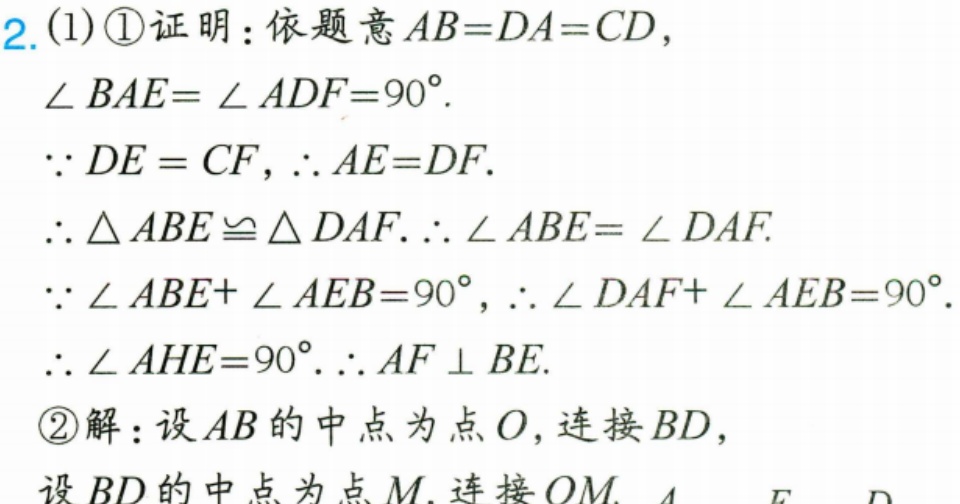
2. (1) \textcircled{1}证明：依题意\(AB = DA = CD\)，
\(\angle BAE=\angle ADF = 90^{\circ}\).
\(\because DE = CF\)，\(\therefore AE = DF\).
\(\therefore\triangle ABE\cong\triangle DAF.\therefore\angle ABE=\angle DAF\).
\(\because\angle ABE+\angle AEB = 90^{\circ}\)，\(\therefore\angle DAF+\angle AEB = 90^{\circ}\).
\(\therefore\angle AHE = 90^{\circ}.\therefore AF\perp BE\).
\textcircled{2}解：设\(AB\)的中点为点\(O\)，连接\(BD\)，
设\(BD\)的中点为点\(M\). 连接\(OM\).